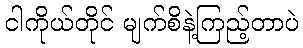
ငါကိုယ်တိုင် မျက်စိနဲ့ကြည့်တာပဲ